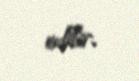
edilir.